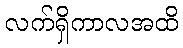
လက်ရှိကာလအထိ